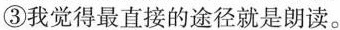
③我觉得最直接的途径就是朗读。